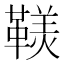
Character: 𩌣